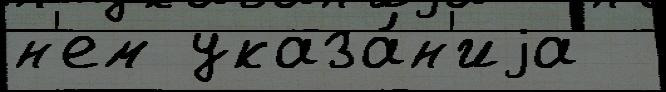
н'ем указа́н'иjа